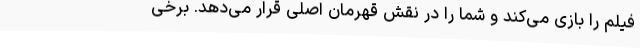
فیلم را بازی می‌کند و شما را در نقش قهرمان اصلی قرار می‌دهد. برخی